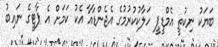
ބަޔަކު ނިކުތީ އެމްޑީޕީ ހަލާކުކުރުމުގެ އެޖެންޑާއާ އެކު ކަމަށް އެ ޕާޓީގެ ނައިބު